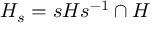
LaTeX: H _ { s } = s H s ^ { - 1 } \cap H